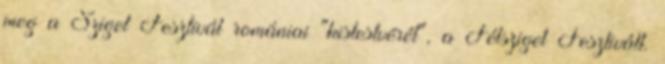
meg a Sziget Fesztivál romániai "kistestvérét", a Félsziget Fesztivált.